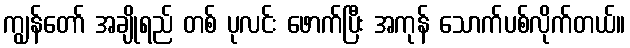
ကျွန်တော် အချိုရည် တစ် ပုလင်း ဖောက်ပြီး အကုန် သောက်ပစ်လိုက်တယ်။